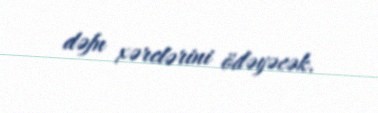
dəfn xərclərini ödəyəcək.